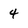
Character: 4